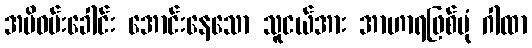
အမိဝမ်းခေါင်း အောင်းနေသော သူငယ်အား အာဟာရဖြစ်ပုံ ဂါထာ